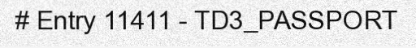
# Entry 11411 - TD3_PASSPORT